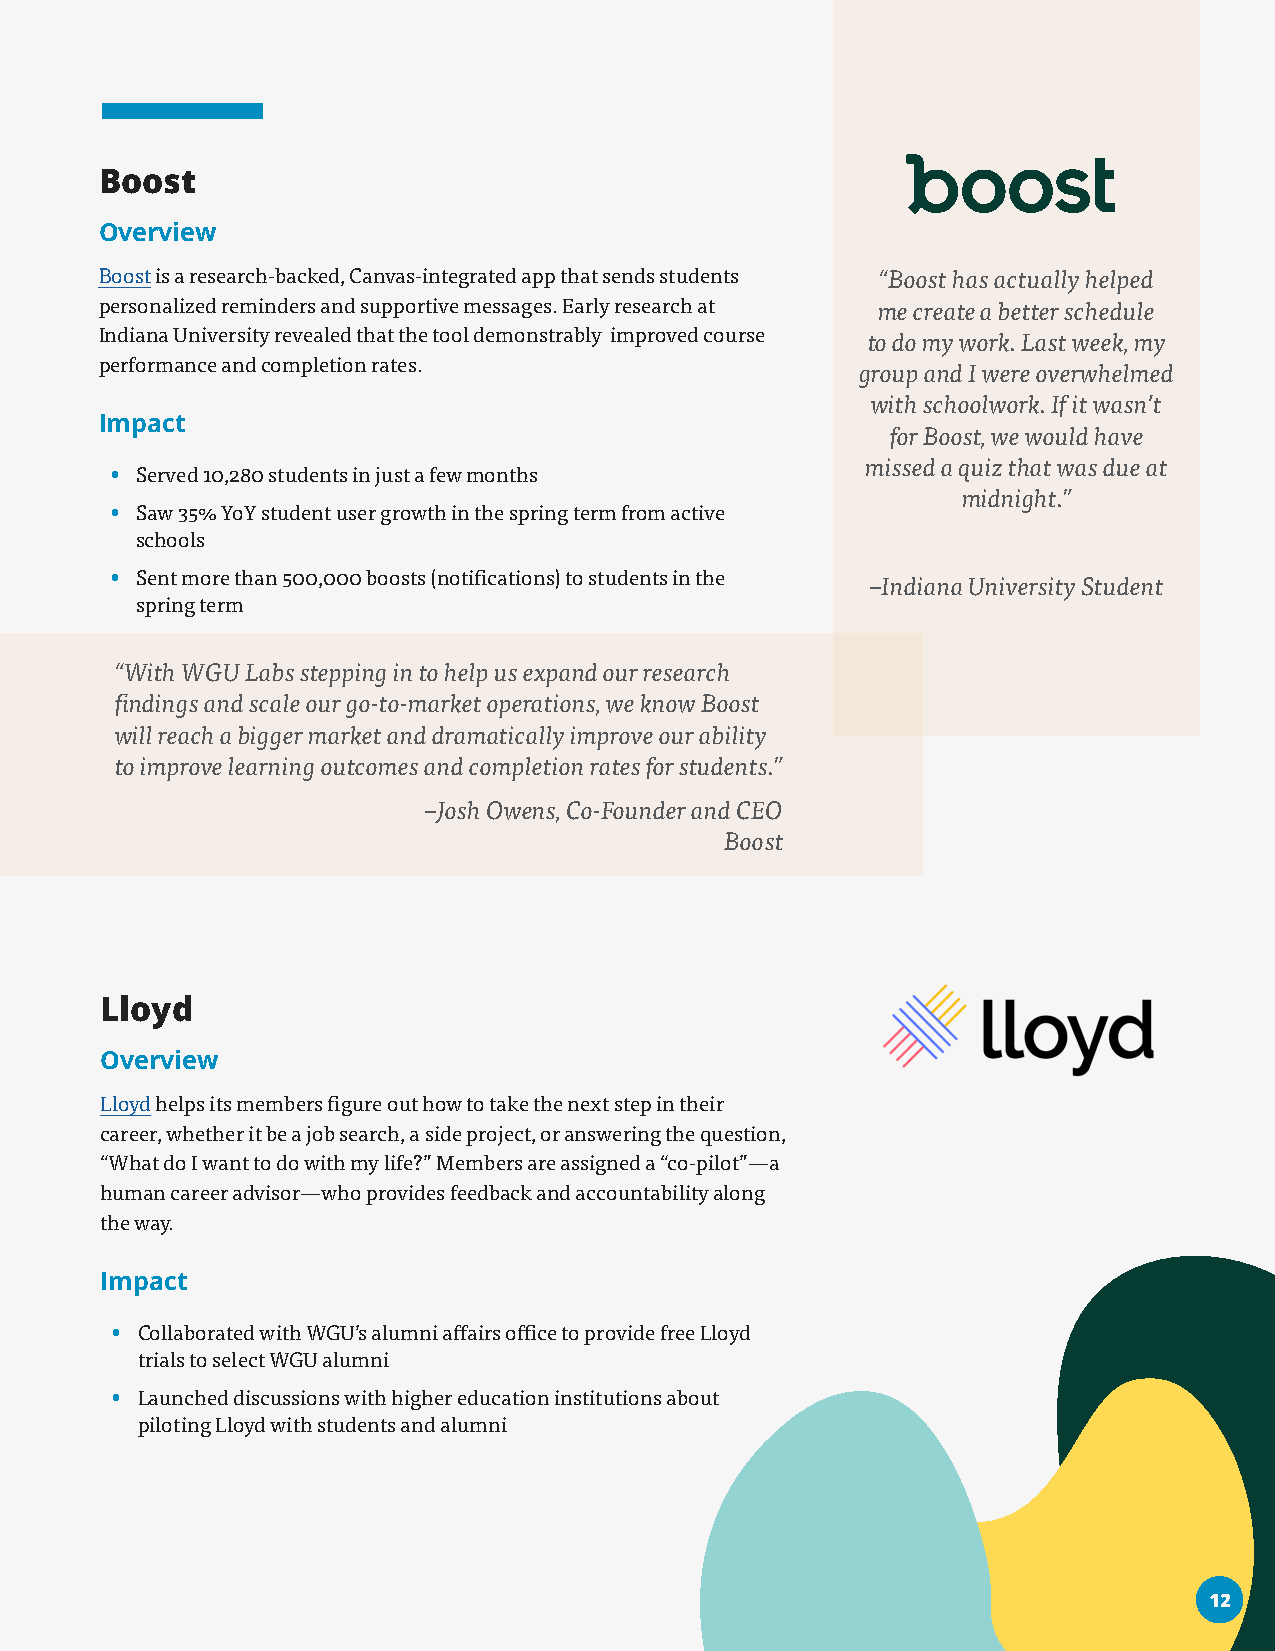
Boost
 Overview
 Boost is a research-backed, Canvas-integrated app that sends students “Boost has actually helped
 personalized reminders and supportive messages. Early research at me create a better schedule
 Indiana University revealed that the tool demonstrably improved course to do my work. Last week, my
 performance and completion rates.
 group and I were overwhelmed
 with schoolwork. If it wasn’t
 Impact
 for Boost, we would have
 missed a quiz that was due at
 • Served 10,280 students in just a few months
 midnight.”
 • Saw 35% YoY student user growth in the spring term from active
 schools
 • Sent more than 500,000 boosts (notifications) to students in the
 –Indiana University Student
 spring term
 “With WGU Labs stepping in to help us expand our research
 findings and scale our go-to-market operations, we know Boost
 will reach a bigger market and dramatically improve our ability
 to improve learning outcomes and completion rates for students.”
 –Josh Owens, Co-Founder and CEO
 Boost
 Lloyd
 Overview
 Lloyd helps its members figure out how to take the next step in their
 career, whether it be a job search, a side project, or answering the question,
 “What do I want to do with my life?” Members are assigned a “co-pilot”—a
 human career advisor—who provides feedback and accountability along
 the way.
 Impact
 • Collaborated with WGU’s alumni affairs office to provide free Lloyd
 trials to select WGU alumni
 • Launched discussions with higher education institutions about
 piloting Lloyd with students and alumni
 1122